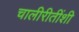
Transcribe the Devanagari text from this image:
चालीरीतींशी